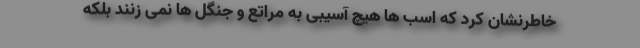
خاطرنشان کرد که اسب ها هیچ آسیبی به مراتع و جنگل ها نمی زنند بلکه